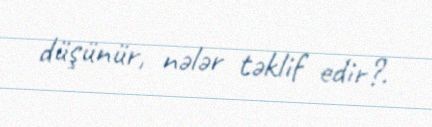
düşünür, nələr təklif edir?.